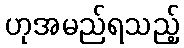
ဟုအမည်ရသည့်